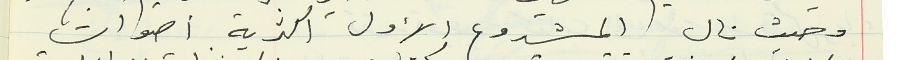
وحيث نال المشروع الأول اكثرية أصوات